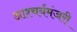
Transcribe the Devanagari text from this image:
आश्चर्यमंजरी